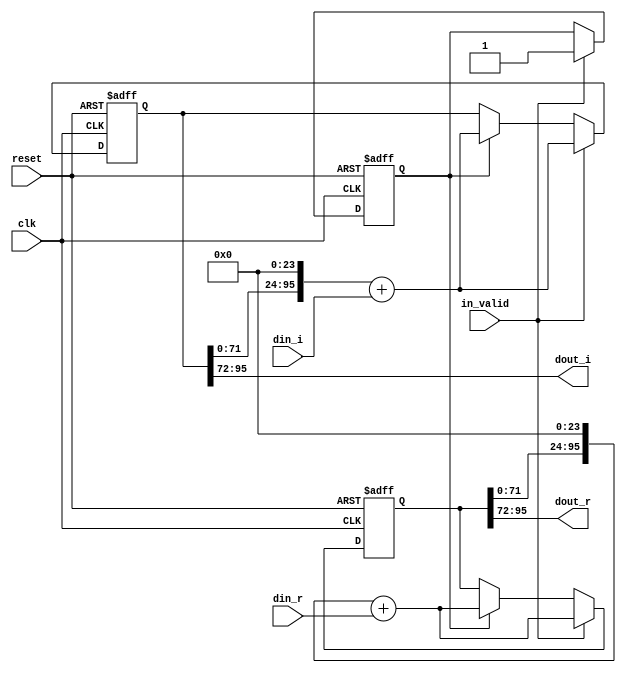
// --------------------------------------------------------------------
// >>>>>>>>>>>>>>>>>>>>>>>>> COPYRIGHT NOTICE <<<<<<<<<<<<<<<<<<<<<<<<<
// --------------------------------------------------------------------
// Github: https://github.com/abdelazeem201
// Description: shift_4 module
// Dependencies: 
// Since: 2021-12-23 01:14:14
// LastEditors: ahmed abdelazeem
// LastEditTime: 2021-12-13 01:14:14
// ********************************************************************
// Module Function
module shift_4(
		input wire clk,
		input wire reset,
		input wire in_valid,
		input wire signed [23:0] din_r,
		input wire signed [23:0] din_i,
		output wire signed [23:0] dout_r,
		output wire signed [23:0] dout_i
	);
	integer i ;
	reg [95:0] shift_reg_r ;
	reg [95:0] shift_reg_i ;
	reg [95:0] tmp_reg_r ;
	reg [95:0] tmp_reg_i ;
	reg [3:0] counter_4,next_counter_4;
	reg valid,next_valid;

	assign dout_r    = shift_reg_r[95:72];
	assign dout_i    = shift_reg_i[95:72];

	always@(posedge clk or posedge reset)begin
		if(reset)begin
			shift_reg_r <= 0;
			shift_reg_i <= 0;
			counter_4  <= 0;
			valid <= 0;
		end
		else 
		if (in_valid)begin
			counter_4        <= next_counter_4;
			shift_reg_r      <= (tmp_reg_r<<24) + din_r;
			shift_reg_i      <= (tmp_reg_i<<24) + din_i;
			valid            <= in_valid;
		end else if(valid)begin
			counter_4        <= next_counter_4;
			shift_reg_r      <= (tmp_reg_r<<24) + din_r;
			shift_reg_i      <= (tmp_reg_i<<24) + din_i;
			valid            <= next_valid;        
		end
	end
	
		always@(*)begin
		next_counter_4 = counter_4 + 3'd1;
		tmp_reg_r = shift_reg_r;
		tmp_reg_i = shift_reg_i;
		next_valid = valid;
	end


endmodule